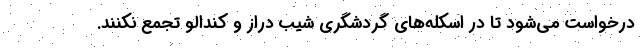
درخواست می‌شود تا در اسکله‌های گردشگری شیب دراز و کندالو تجمع نکنند.